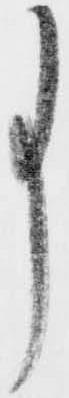
事